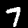
Digit: 7